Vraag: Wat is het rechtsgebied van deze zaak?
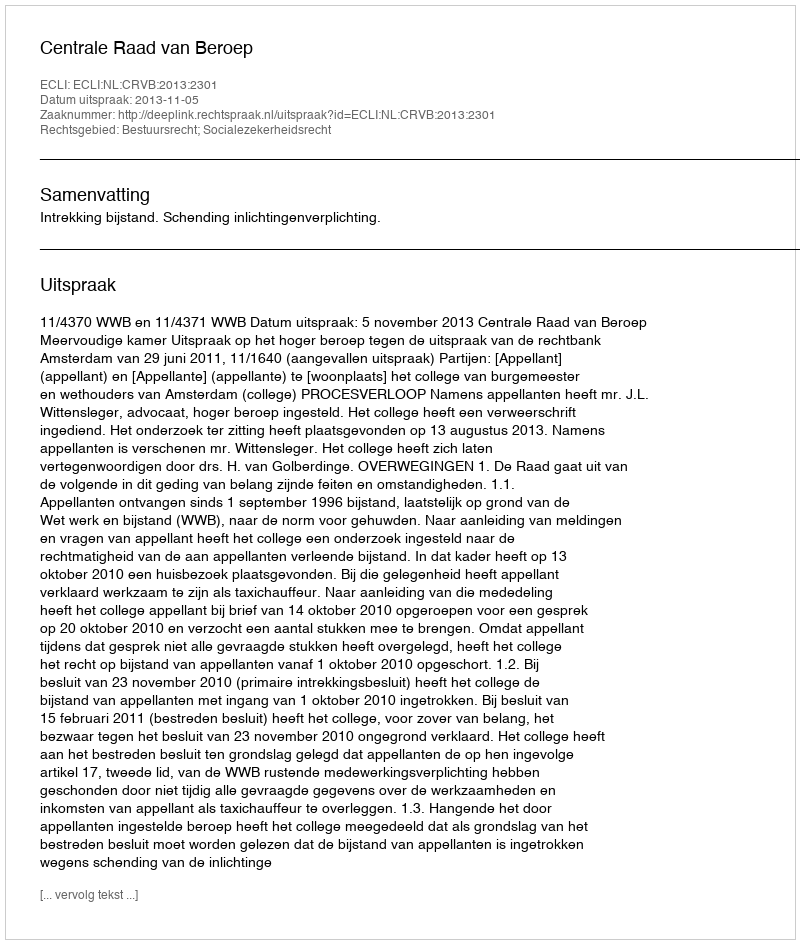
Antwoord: Bestuursrecht; Socialezekerheidsrecht